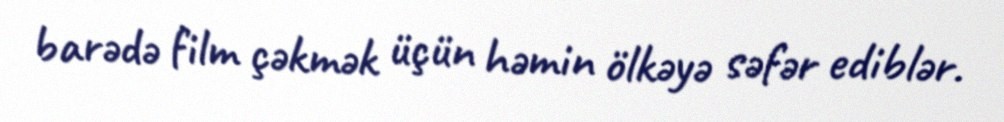
barədə film çəkmək üçün həmin ölkəyə səfər ediblər.